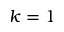
k = 1